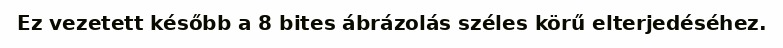
Ez vezetett később a 8 bites ábrázolás széles körű elterjedéséhez.